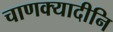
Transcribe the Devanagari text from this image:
चाणक्यादीनि